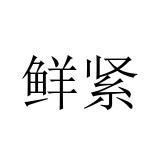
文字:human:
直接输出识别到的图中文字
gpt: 鲜紧